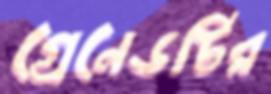
গ্রেনেডটির